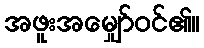
အဖူးအမျှော်ဝင်၏။